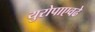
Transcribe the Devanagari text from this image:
युरोपाएवढे